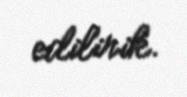
edilirik.